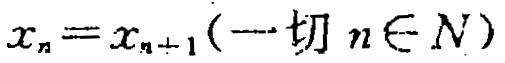
$x_{n}=x_{n + 1}(\text{一切 }n\in N)$